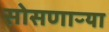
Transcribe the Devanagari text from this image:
सोसणाऱ्या